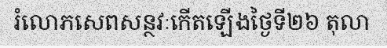
រំលោភសេពសន្ថវៈកើតឡើងថ្ងៃទី២៦ តុលា